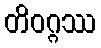
တိဝဂ္ဂဿ